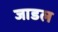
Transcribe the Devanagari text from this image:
जाडल